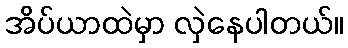
အိပ်ယာထဲမှာ လှဲနေပါတယ်။